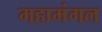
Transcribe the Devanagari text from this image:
महामंगल